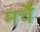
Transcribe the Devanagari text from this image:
मचै